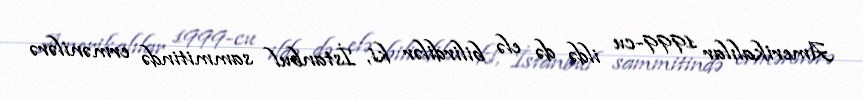
Amerikalılar 1999-cu ildə də elə bilirdilər ki, İstanbul sammitində ermənilərə